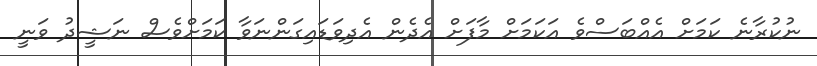
ނުކުރާނެ ކަމަށް އެއްބަސްވެ އަކަމަށް މާފަށް އެދެން އެދިވަޑައިގަންނަވާ ކަމަށްވެސް ނަޝީދު ވަނީ